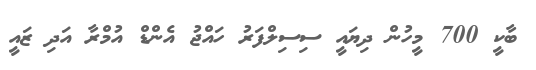
ބާކީ 700 މީހުން ދިޔައީ ސިސިލްފަރު ހައްޖު އެންޑް އުމްރާ އަދި ޒައީ